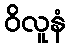
ဝိလူနံ